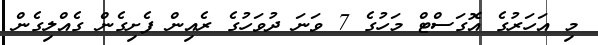
މި އަހަރުގެ އޮގަސްޓް މަހުގެ 7 ވަނަ ދުވަހުގެ ރެއިން ފެށިގެން ގެއްލިގެން